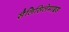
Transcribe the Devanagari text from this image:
सैलिसिलेमाइड